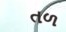
તળ